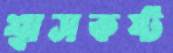
শ্বাসকষ্ট